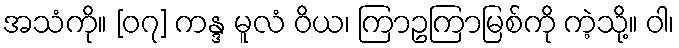
အသံကို။ [၀၇] ကန္ဒ မူလံ ဝိယ၊ ကြာဥကြာမြစ်ကို ကဲ့သို့။ ဝါ၊